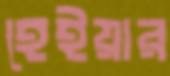
হেইয়ার